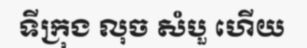
ទីក្រុង លុច សំបួ ហើយ